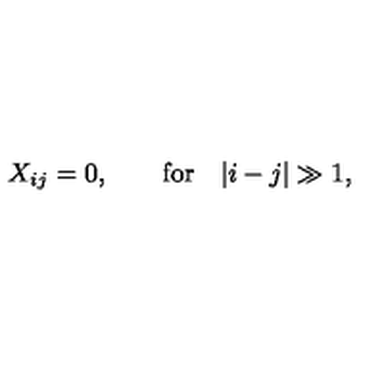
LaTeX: X _ { i j } = 0 , \qquad \mathrm { f o r } \quad | i - j | \gg 1 ,